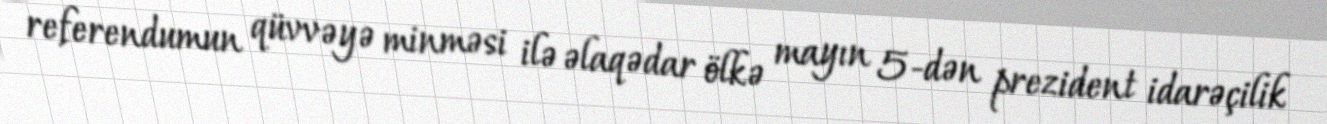
referendumun qüvvəyə minməsi ilə əlaqədar ölkə mayın 5-dən prezident idarəçilik